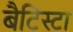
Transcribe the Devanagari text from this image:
बैटिस्टा